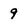
Character: 9